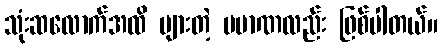
သုံးဆလောက်အထိ များတဲ့ ပမာဏလည်း ဖြစ်ပါတယ်။